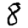
Digit: 8